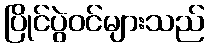
ပြိုင်ပွဲဝင်များသည်